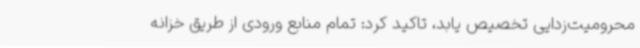
محرومیت‌زدایی تخصیص یابد، تاکید کرد: تمام منابع ورودی از طریق خزانه